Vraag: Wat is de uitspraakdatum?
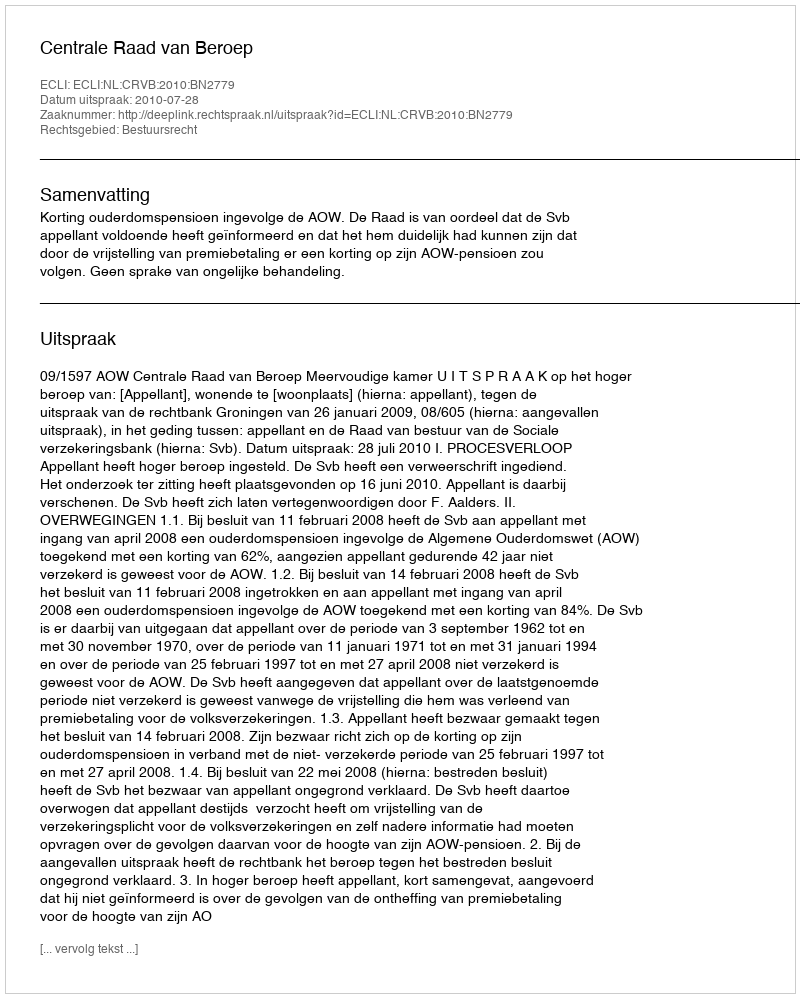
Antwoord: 2010-07-28